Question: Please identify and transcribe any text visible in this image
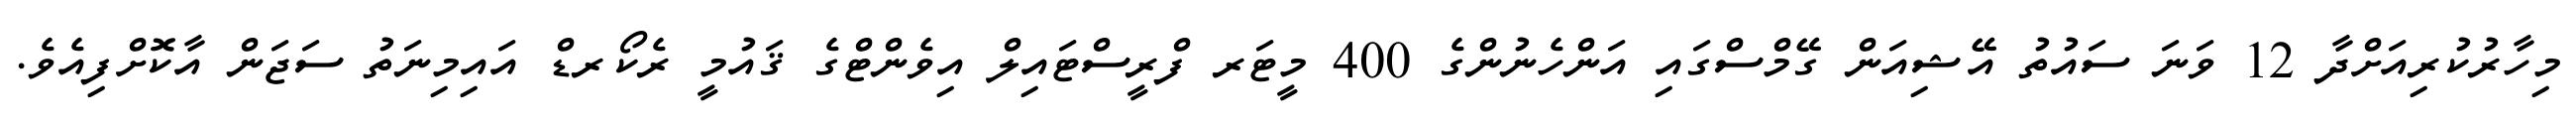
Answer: މިހާރުކުރިއަށްދާ 12 ވަނަ ސައުތު އޭޝިއަން ގޭމްސްގައި އަންހެނުންގެ 400 މީޓަރ ފްރީސްޓައިލް އިވެންޓްގެ ޤައުމީ ރެކޯރޑް އައިމިނަތު ސަޖަން އާކޮށްފިއެވެ.